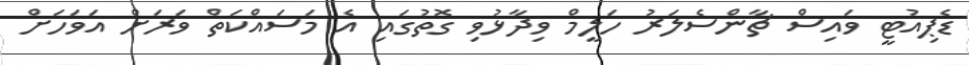
ޑެޕިއުޓީ ވައިސް ޗާންސެލަރު ހަލީމް ވިދާޅުވި ގޮތުގައި އެ މަސައްކަތް ވަަރަށް އަވަހަށް